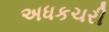
અધકચરી